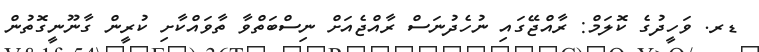
ޑރ. ވަހީދުގެ ކޮލަމް: ރާއްޖޭގައި ނުހެދުނަސް ރާއްޖެއަށް ނިސްބަތްވާ ތާވައްކާށި ކުރީން ގާނޫނީގޮތުން